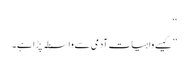
‘‘
’’کیسے واہیات آدمی سے واسطہ پڑا ہے۔